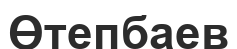
Өтепбаев